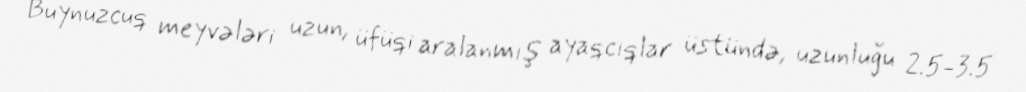
Buynuzcuq meyvələri uzun, üfüqi aralanmış ayaqcıqlar üstündə, uzunluğu 2.5-3.5